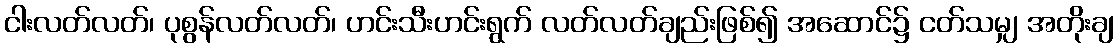
ငါးလတ်လတ်၊ ပုစွန်လတ်လတ်၊ ဟင်းသီးဟင်းရွက် လတ်လတ်ချည်းဖြစ်၍ အဆောင်၌ ငတ်သမျှ အတိုးချ